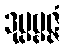
ဒုပ္ပဗ္ဗဇ္ဇံ